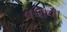
વધાવા